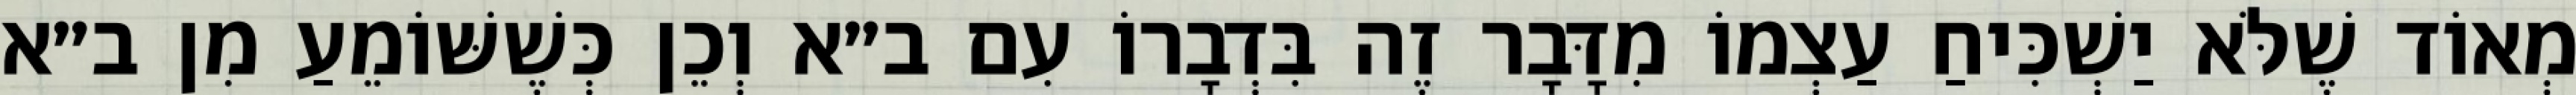
מְאוֹד שֶׁלֹּא יַשְׁכִּיחַ עַצְמוֹ מִדָּבָר זֶה בִּדְבָרוֹ עִם ב״א וְכֵן כְּשֶׁשּׁוֹמֵעַ מִן ב״א